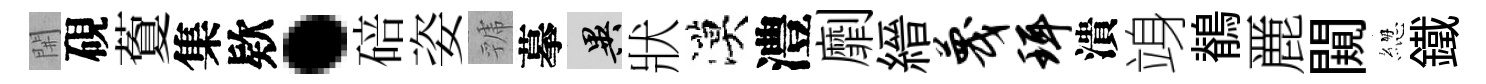
𨳩硯藑集欵·碚姿虢摹异狀漠澧劘縉蔑珥潰竧鶺䴡闚緫鐵